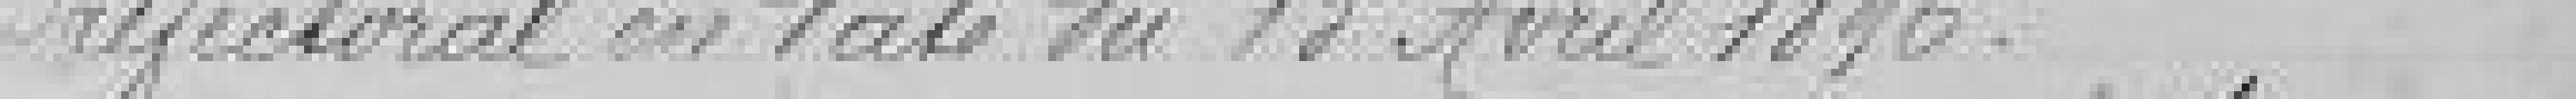
préfectoral en date du 19 avril 1896.